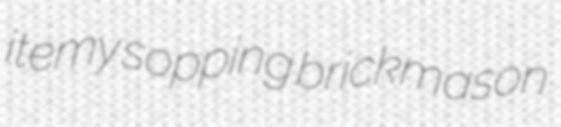
itemy sopping brickmason